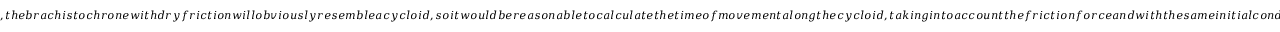
, t h e b r a c h i s t o c h r o n e w i t h d r y f r i c t i o n w i l l o b v i o u s l y r e s e m b l e a c y c l o i d , s o i t w o u l d b e r e a s o n a b l e t o c a l c u l a t e t h e t i m e o f m o v e m e n t a l o n g t h e c y c l o i d , t a k i n g i n t o a c c o u n t t h e f r i c t i o n f o r c e a n d w i t h t h e s a m e i n i t i a l c o n d i t i o n s . I n t h i s c a s e , t h e p a r a m e t r i c e q u a t i o n o f t h e c y c l o i d ( ) c a n b e r e w r i t t e n i n t e r m s o f t h e a n g l e o f i n c l i n a t i o n o f t h e t r a j e c t o r y